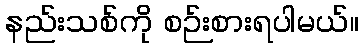
နည်းသစ်ကို စဉ်းစားရပါမယ်။